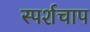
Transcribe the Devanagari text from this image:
स्पर्शचाप